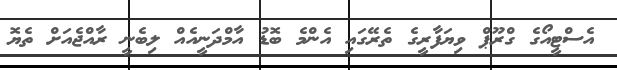
އެސްޓީއޯގެ ގްރޫޕް ވިޔަފާރީގެ ތެރޭގައި އެންމެ ބޮޑު އާމްދަނީއެއް ލިބެނީ ރާއްޖެއަށް ތެޔޮ